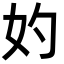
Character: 妁